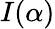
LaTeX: I(\alpha)